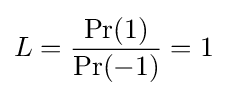
L={\frac {\Pr(1)}{\Pr(-1)}}=1